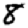
Digit: 8